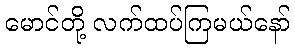
မောင်တို့ လက်ထပ်ကြမယ်နော်